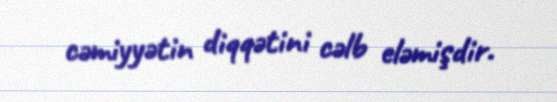
cəmiyyətin diqqətini cəlb eləmişdir.